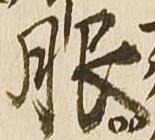
服